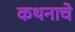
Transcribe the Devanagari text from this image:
कथनाचे